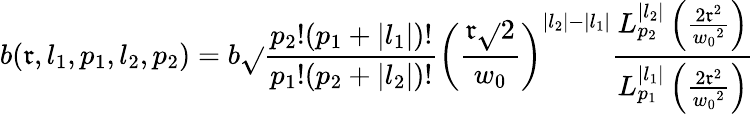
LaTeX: b(\mathfrak{r},l_{1},p_{1},l_{2},p_{2})=b\sqrt{}{{\frac{{p_{2}!(p_{1}+|l_{1}|)!}}{{p_{1}!(p_{2}+|l_{2}|)!}}}}\left(\frac{{\mathfrak{r}\sqrt{}{{2}}}}{{w_{0}}}\right)^{|l_{2}|-|l_{1}|}\frac{{L_{p_{2}}^{|l_{2}|}\left(\frac{{2\mathfrak{r}^{2}}}{{{w_{0}}^{2}}}\right)}}{{L_{p_{1}}^{|l_{1}|}\left(\frac{{2\mathfrak{r}^{2}}}{{{w_{0}}^{2}}}\right)}}